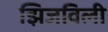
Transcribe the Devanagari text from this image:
झिजविली